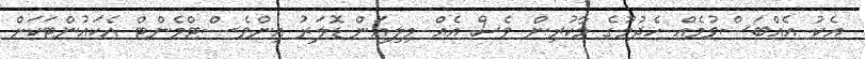
އެކު އެއްބަސްވުމެއް ހެދުމުގެ މާކުރިން ވެސް އެއް މިލިއަން ޑޮލަރު އިންވެސްޓްމެންޓް އެކައުންޓަކަށް